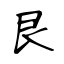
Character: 艮